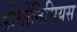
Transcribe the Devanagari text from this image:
डोयोनिसियस